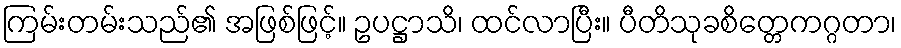
ကြမ်းတမ်းသည်၏ အဖြစ်ဖြင့်။ ဥပဋ္ဌာသိ၊ ထင်လာပြီး။ ပီတိသုခစိတ္တေကဂ္ဂတာ၊